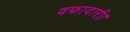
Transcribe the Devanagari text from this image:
वफादारी।